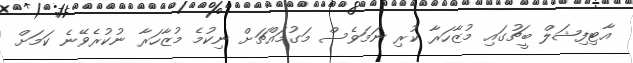
އާޓިފިޝަލް ބީޗުގައި މުޒާހަރާ ކުރި ނަމަވެސް މަގުމައްޗަށް ނިކުމެ މުޒާހަރާ ނުކުރެވޭނެ ކަމަށް